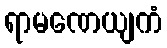
ရာမဏေယျကံ